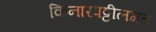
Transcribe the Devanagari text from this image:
किनारपट्टीलगत